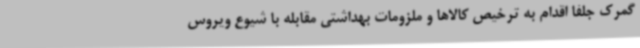
گمرک جلفا اقدام به ترخیص کالاها و ملزومات بهداشتی مقابله با شیوع ویروس